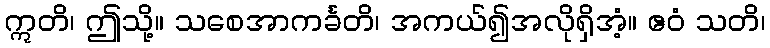
ဣတိ၊ ဤသို့။ သစေအာကင်္ခတိ၊ အကယ်၍အလိုရှိအံ့။ ဧဝံ သတိ၊